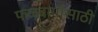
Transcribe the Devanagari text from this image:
फळबागांसाठी